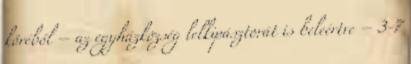
köréből – az egyházközség lelkipásztorát is beleértve – 3-7